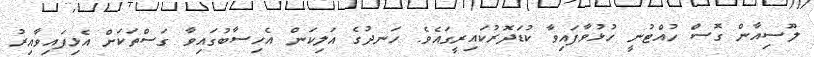
ލޫސިއާން ގޮސް ހުއްޓުނީ ހުޅުވާފައިވާ ކުޑަދޮރުކައިރީގައެވެ. ހަނދުގެ އަލިކަން އެހިސާބުގައިވާ ގަސްތަކަށް އެޅިފައިވާއިރު